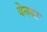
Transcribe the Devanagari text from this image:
बेनका